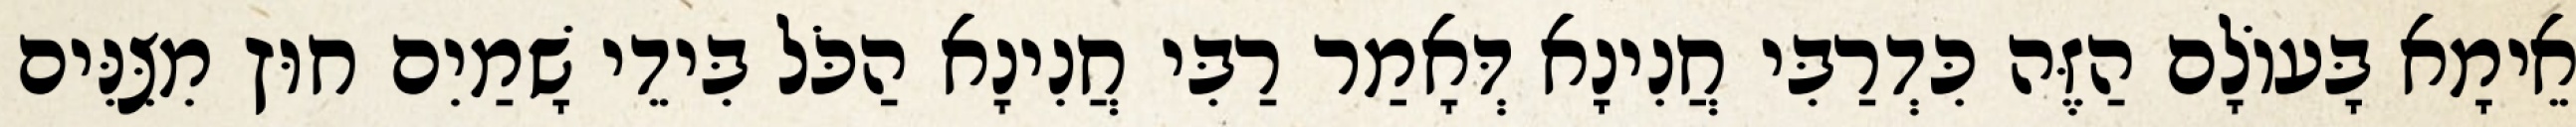
אֵימָא בָּעוֹלָם הַזֶּה כִּדְרַבִּי חֲנִינָא דְּאָמַר רַבִּי חֲנִינָא הַכֹּל בִּידֵי שָׁמַיִם חוּץ מִצִּנִּים